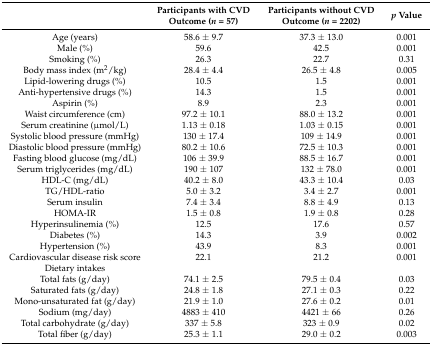
<table><thead><tr><td></td><td><b>Participants with CVD Outcome (<i>n</i> = 57)</b></td><td><b>Participants without CVD Outcome (<i>n</i> = 2202)</b></td><td><b><i>p</i> Value</b></td></tr></thead><tbody><tr><td>Age (years)</td><td>58.6 ± 9.7</td><td>37.3 ± 13.0</td><td>0.001</td></tr><tr><td>Male (%)</td><td>59.6</td><td>42.5</td><td>0.001</td></tr><tr><td>Smoking (%)</td><td>26.3</td><td>22.7</td><td>0.31</td></tr><tr><td>Body mass index (m<sup>2</sup>/kg)</td><td>28.4 ± 4.4</td><td>26.5 ± 4.8</td><td>0.005</td></tr><tr><td>Lipid-lowering drugs (%)</td><td>10.5</td><td>1.5</td><td>0.001</td></tr><tr><td>Anti-hypertensive drugs (%)</td><td>14.3</td><td>1.5</td><td>0.001</td></tr><tr><td>Aspirin (%)</td><td>8.9</td><td>2.3</td><td>0.001</td></tr><tr><td>Waist circumference (cm)</td><td>97.2 ± 10.1</td><td>88.0 ± 13.2</td><td>0.001</td></tr><tr><td>Serum creatinine (μmol/L)</td><td>1.13 ± 0.18</td><td>1.03 ± 0.15</td><td>0.001</td></tr><tr><td>Systolic blood pressure (mmHg)</td><td>130 ± 17.4</td><td>109 ± 14.9</td><td>0.001</td></tr><tr><td>Diastolic blood pressure (mmHg)</td><td>80.2 ± 10.6</td><td>72.5 ± 10.3</td><td>0.001</td></tr><tr><td>Fasting blood glucose (mg/dL)</td><td>106 ± 39.9</td><td>88.5 ± 16.7</td><td>0.001</td></tr><tr><td>Serum triglycerides (mg/dL)</td><td>190 ± 107</td><td>132 ± 78.0</td><td>0.001</td></tr><tr><td>HDL-C (mg/dL)</td><td>40.2 ± 8.0</td><td>43.3 ± 10.4</td><td>0.03</td></tr><tr><td>TG/HDL-ratio</td><td>5.0 ± 3.2</td><td>3.4 ± 2.7</td><td>0.001</td></tr><tr><td>Serum insulin</td><td>7.4 ± 3.4</td><td>8.8 ± 4.9</td><td>0.13</td></tr><tr><td>HOMA-IR</td><td>1.5 ± 0.8</td><td>1.9 ± 0.8</td><td>0.28</td></tr><tr><td>Hyperinsulinemia (%)</td><td>12.5</td><td>17.6</td><td>0.57</td></tr><tr><td>Diabetes (%)</td><td>14.3</td><td>3.9</td><td>0.002</td></tr><tr><td>Hypertension (%)</td><td>43.9</td><td>8.3</td><td>0.001</td></tr><tr><td>Cardiovascular disease risk score</td><td>22.1</td><td>21.2</td><td>0.001</td></tr><tr><td>Dietary intakes</td><td></td><td></td><td></td></tr><tr><td>Total fats (g/day)</td><td>74.1 ± 2.5</td><td>79.5 ± 0.4</td><td>0.03</td></tr><tr><td>Saturated fats (g/day)</td><td>24.8 ± 1.8</td><td>27.1 ± 0.3</td><td>0.22</td></tr><tr><td>Mono-unsaturated fat (g/day)</td><td>21.9 ± 1.0</td><td>27.6 ± 0.2</td><td>0.01</td></tr><tr><td>Sodium (mg/day)</td><td>4883 ± 410</td><td>4421 ± 66</td><td>0.26</td></tr><tr><td>Total carbohydrate (g/day)</td><td>337 ± 5.8</td><td>323 ± 0.9</td><td>0.02</td></tr><tr><td>Total fiber (g/day)</td><td>25.3 ± 1.1</td><td>29.0 ± 0.2</td><td>0.003</td></tr></tbody></table>